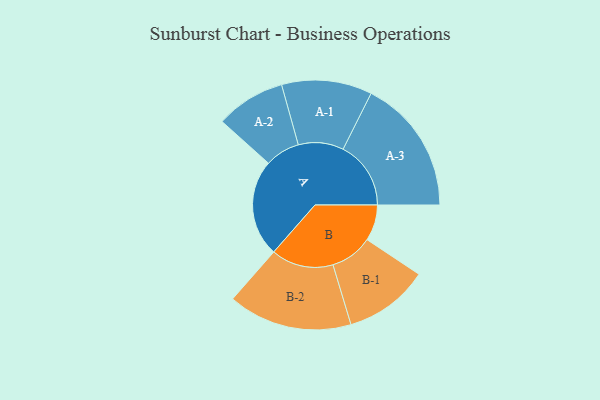
{"axis": {"x": "Segment", "y": "Value"}, "legend": ["", "A", "B"], "data": [{"x": "A", "y": 412, "type": ""}, {"x": "B", "y": 153, "type": ""}, {"x": "A-1", "y": 192, "type": "A"}, {"x": "A-2", "y": 148, "type": "A"}, {"x": "A-3", "y": 288, "type": "A"}, {"x": "B-1", "y": 180, "type": "B"}, {"x": "B-2", "y": 264, "type": "B"}]}